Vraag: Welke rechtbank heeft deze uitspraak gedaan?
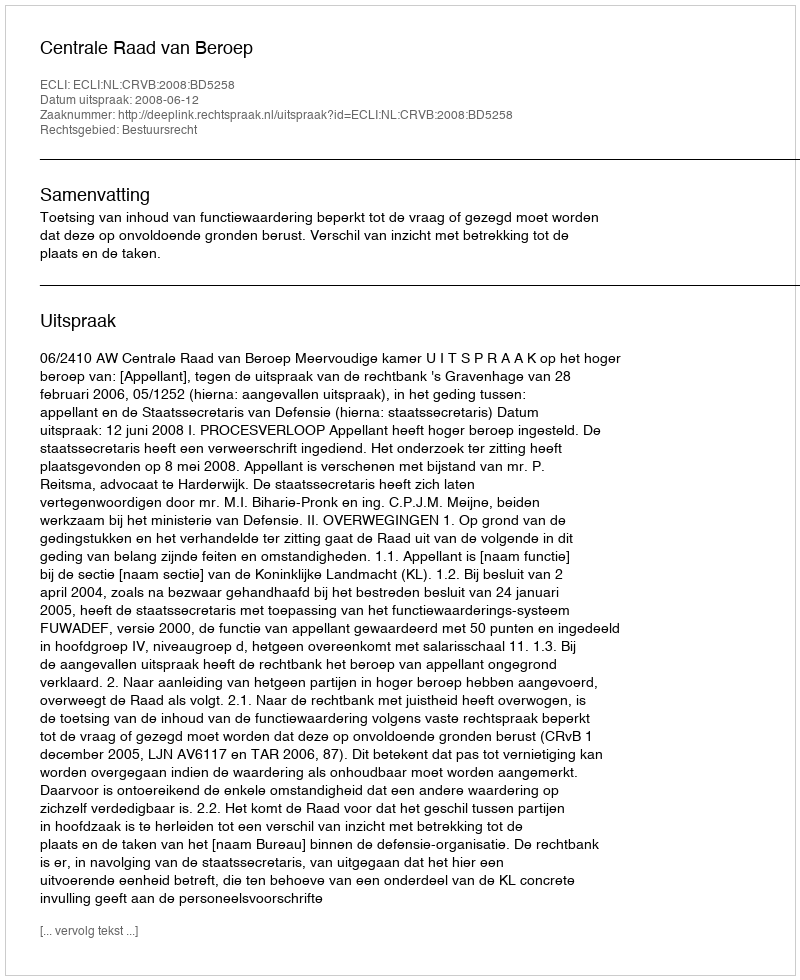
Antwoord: Centrale Raad van Beroep